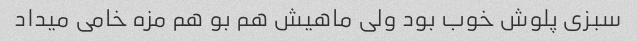
سبزی پلوش خوب بود ولی ماهیش هم بو هم مزه خامی میداد